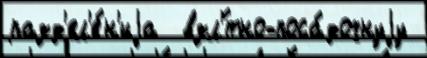
разд'ел'е́н'иjа  взл'́тно-поса́дочнуjу